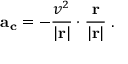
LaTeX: \mathbf { a _ { c } } = - { \frac { v ^ { 2 } } { | \mathbf { r } | } } \cdot { \frac { \mathbf { r } } { | \mathbf { r } | } } \; .